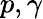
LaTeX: p,\gamma